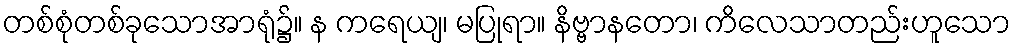
တစ်စုံတစ်ခုသောအာရုံ၌။ န ကရေယျ၊ မပြုရာ။ နိဗ္ဗာနတော၊ ကိလေသာတည်းဟူသော